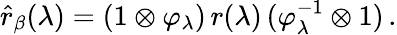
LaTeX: \widehat{r}_{\beta}(\lambda)=(1\otimes\varphi_{\lambda})\, r(\lambda)\, (\varphi_{\lambda}^{-1}\otimes 1)\, .